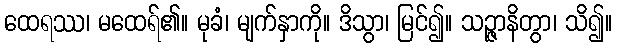
ထေရဿ၊ မထေရ်၏။ မုခံ၊ မျက်နှာကို။ ဒိသွာ၊ မြင်၍။ သဉ္ဇာနိတွာ၊ သိ၍။